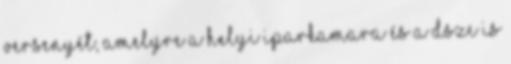
versenyét, amelyre a helyi iparkamara és a DSZC is